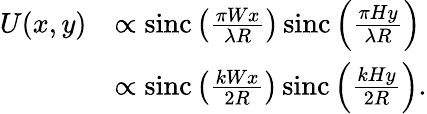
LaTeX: {\begin{array}{rl}{U(x,y)}&{\propto\operatorname{sinc}\left({\frac{\pi Wx}{\lambda R}}\right)\operatorname{sinc}\left({\frac{\pi Hy}{\lambda R}}\right)}\\ &{\propto\operatorname{sinc}\left({\frac{kWx}{2R}}\right)\operatorname{sinc}\left({\frac{kHy}{2R}}\right).}\end{array}}